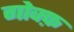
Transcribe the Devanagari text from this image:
गोक्फ़